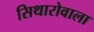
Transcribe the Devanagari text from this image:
सिथारोवाला